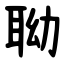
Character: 聈